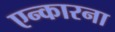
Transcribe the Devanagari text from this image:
एन्कारना